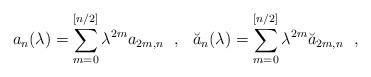
LaTeX: \begin{align*}a_n(\lambda)=\sum_{m=0}^{[n/2]}\lambda^{2m}a_{2m,n}~~,~~\breve{a}_n(\lambda)=\sum_{m=0}^{[n/2]}\lambda^{2m}\breve{a}_{2m,n}~~,\end{align*}